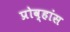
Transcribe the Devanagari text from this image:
प्रोव्हांस